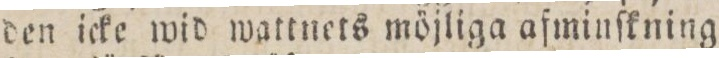
den icke wid wattnets möjliga afminſkning